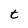
Character: t